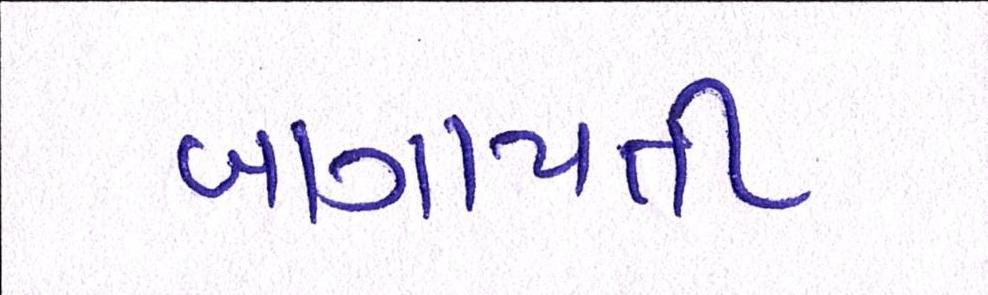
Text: બાગાયતી